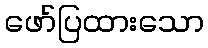
ဖော်ပြထားသော